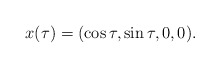
\begin{align*}x(\tau)=(\cos \tau, \sin \tau, 0, 0).\end{align*}